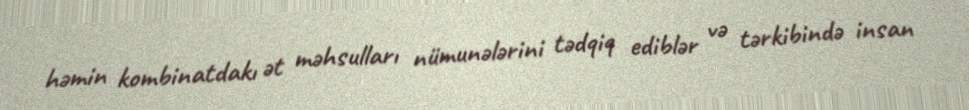
həmin kombinatdakı ət məhsulları nümunələrini tədqiq ediblər və tərkibində insan